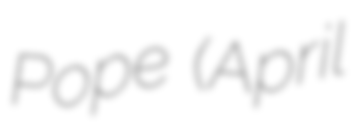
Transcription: Pope (April